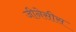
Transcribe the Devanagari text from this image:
जीनेसीस